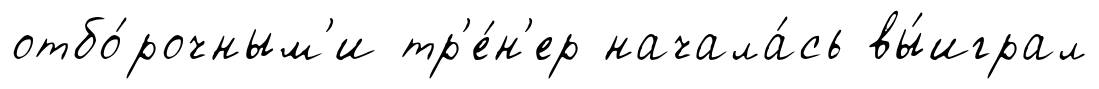
отбо́рочным'и тр'е́н'ер начала́сь вы́играл